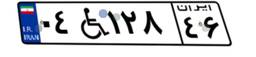
۵۲W۷۱۵۵۰